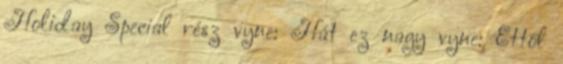
Holiday Special rész vyne: Hát ez nagy vyne: Ettől